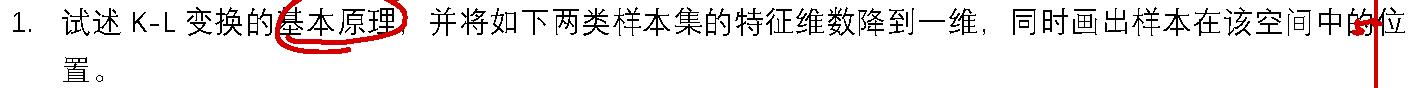
1. 试述 K-L 变换的基本原理，并将如下两类样本集的特征维数降到一维，同时画出样本在该空间中的位置。